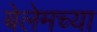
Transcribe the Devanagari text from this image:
बेलेमच्या